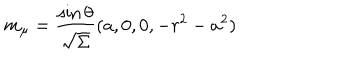
LaTeX: m _ { \mu } = \frac { \sin \theta } { \sqrt { \Sigma } } ( a , 0 , 0 , - r ^ { 2 } - a ^ { 2 } )